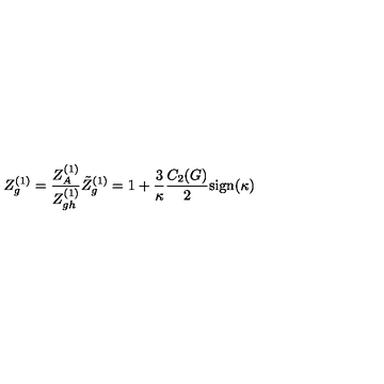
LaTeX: Z _ { g } ^ { ( 1 ) } = \frac { Z _ { A } ^ { ( 1 ) } } { Z _ { g h } ^ { ( 1 ) } } \tilde { Z } _ { g } ^ { ( 1 ) } = 1 + \frac { 3 } { \kappa } \frac { C _ { 2 } ( G ) } { 2 } \mathrm { s i g n } ( \kappa )